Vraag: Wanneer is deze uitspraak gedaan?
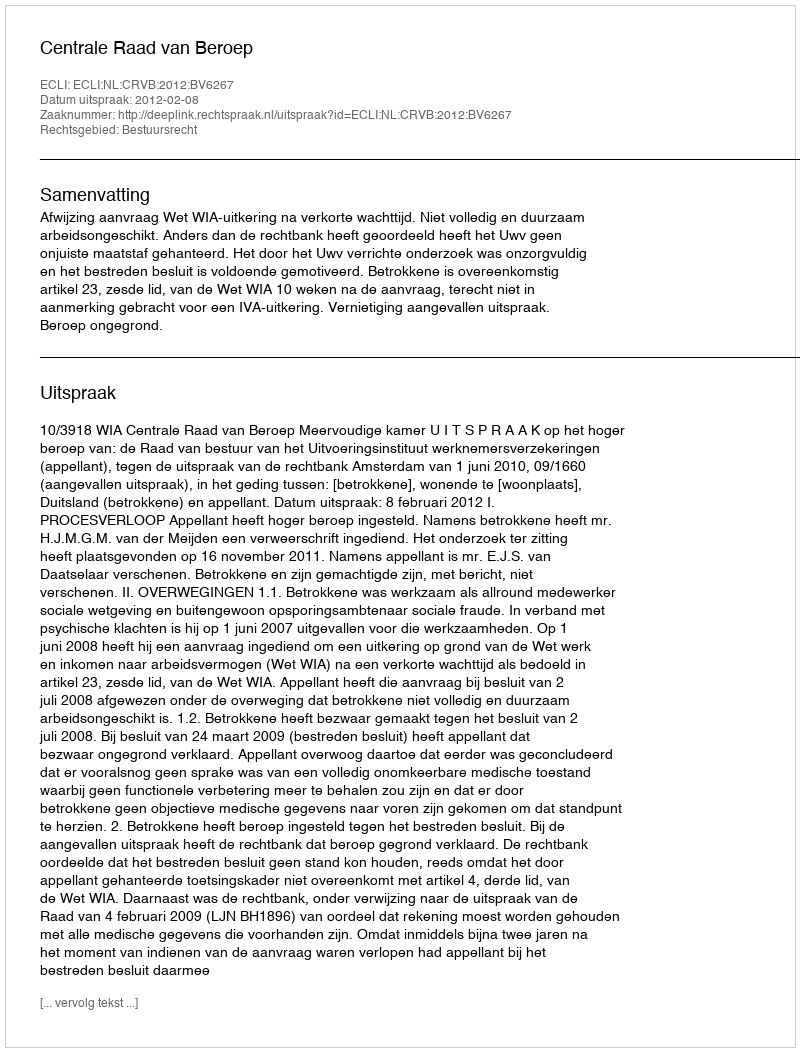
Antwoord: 2012-02-08